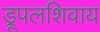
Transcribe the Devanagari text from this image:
ड्रूपलशिवाय